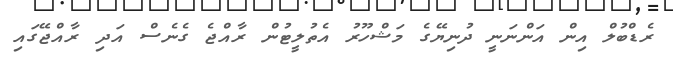
ރެޑްބުލް އިން އަންނަނީ ދުނިޔޭގެ މަޝްހޫރު އެތުލީޓުން ރާއްޖެ ގެނެސް އަދި ރާއްޖޭގައި